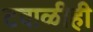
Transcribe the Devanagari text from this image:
टवाळीही